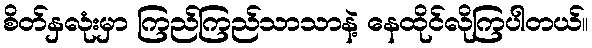
စိတ်နှလုံးမှာ ကြည်ကြည်သာသာနဲ့ နေထိုင်လိုကြပါတယ်။